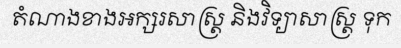
តំណាងខាងអក្សរសាស្ត្រ និងវិទ្យាសាស្ត្រ ទុក